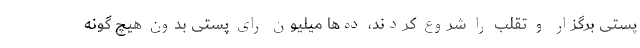
پستی برگزار و تقلب را شروع کردند، ده‌ها میلیون رای پستی بدون هیچ گونه